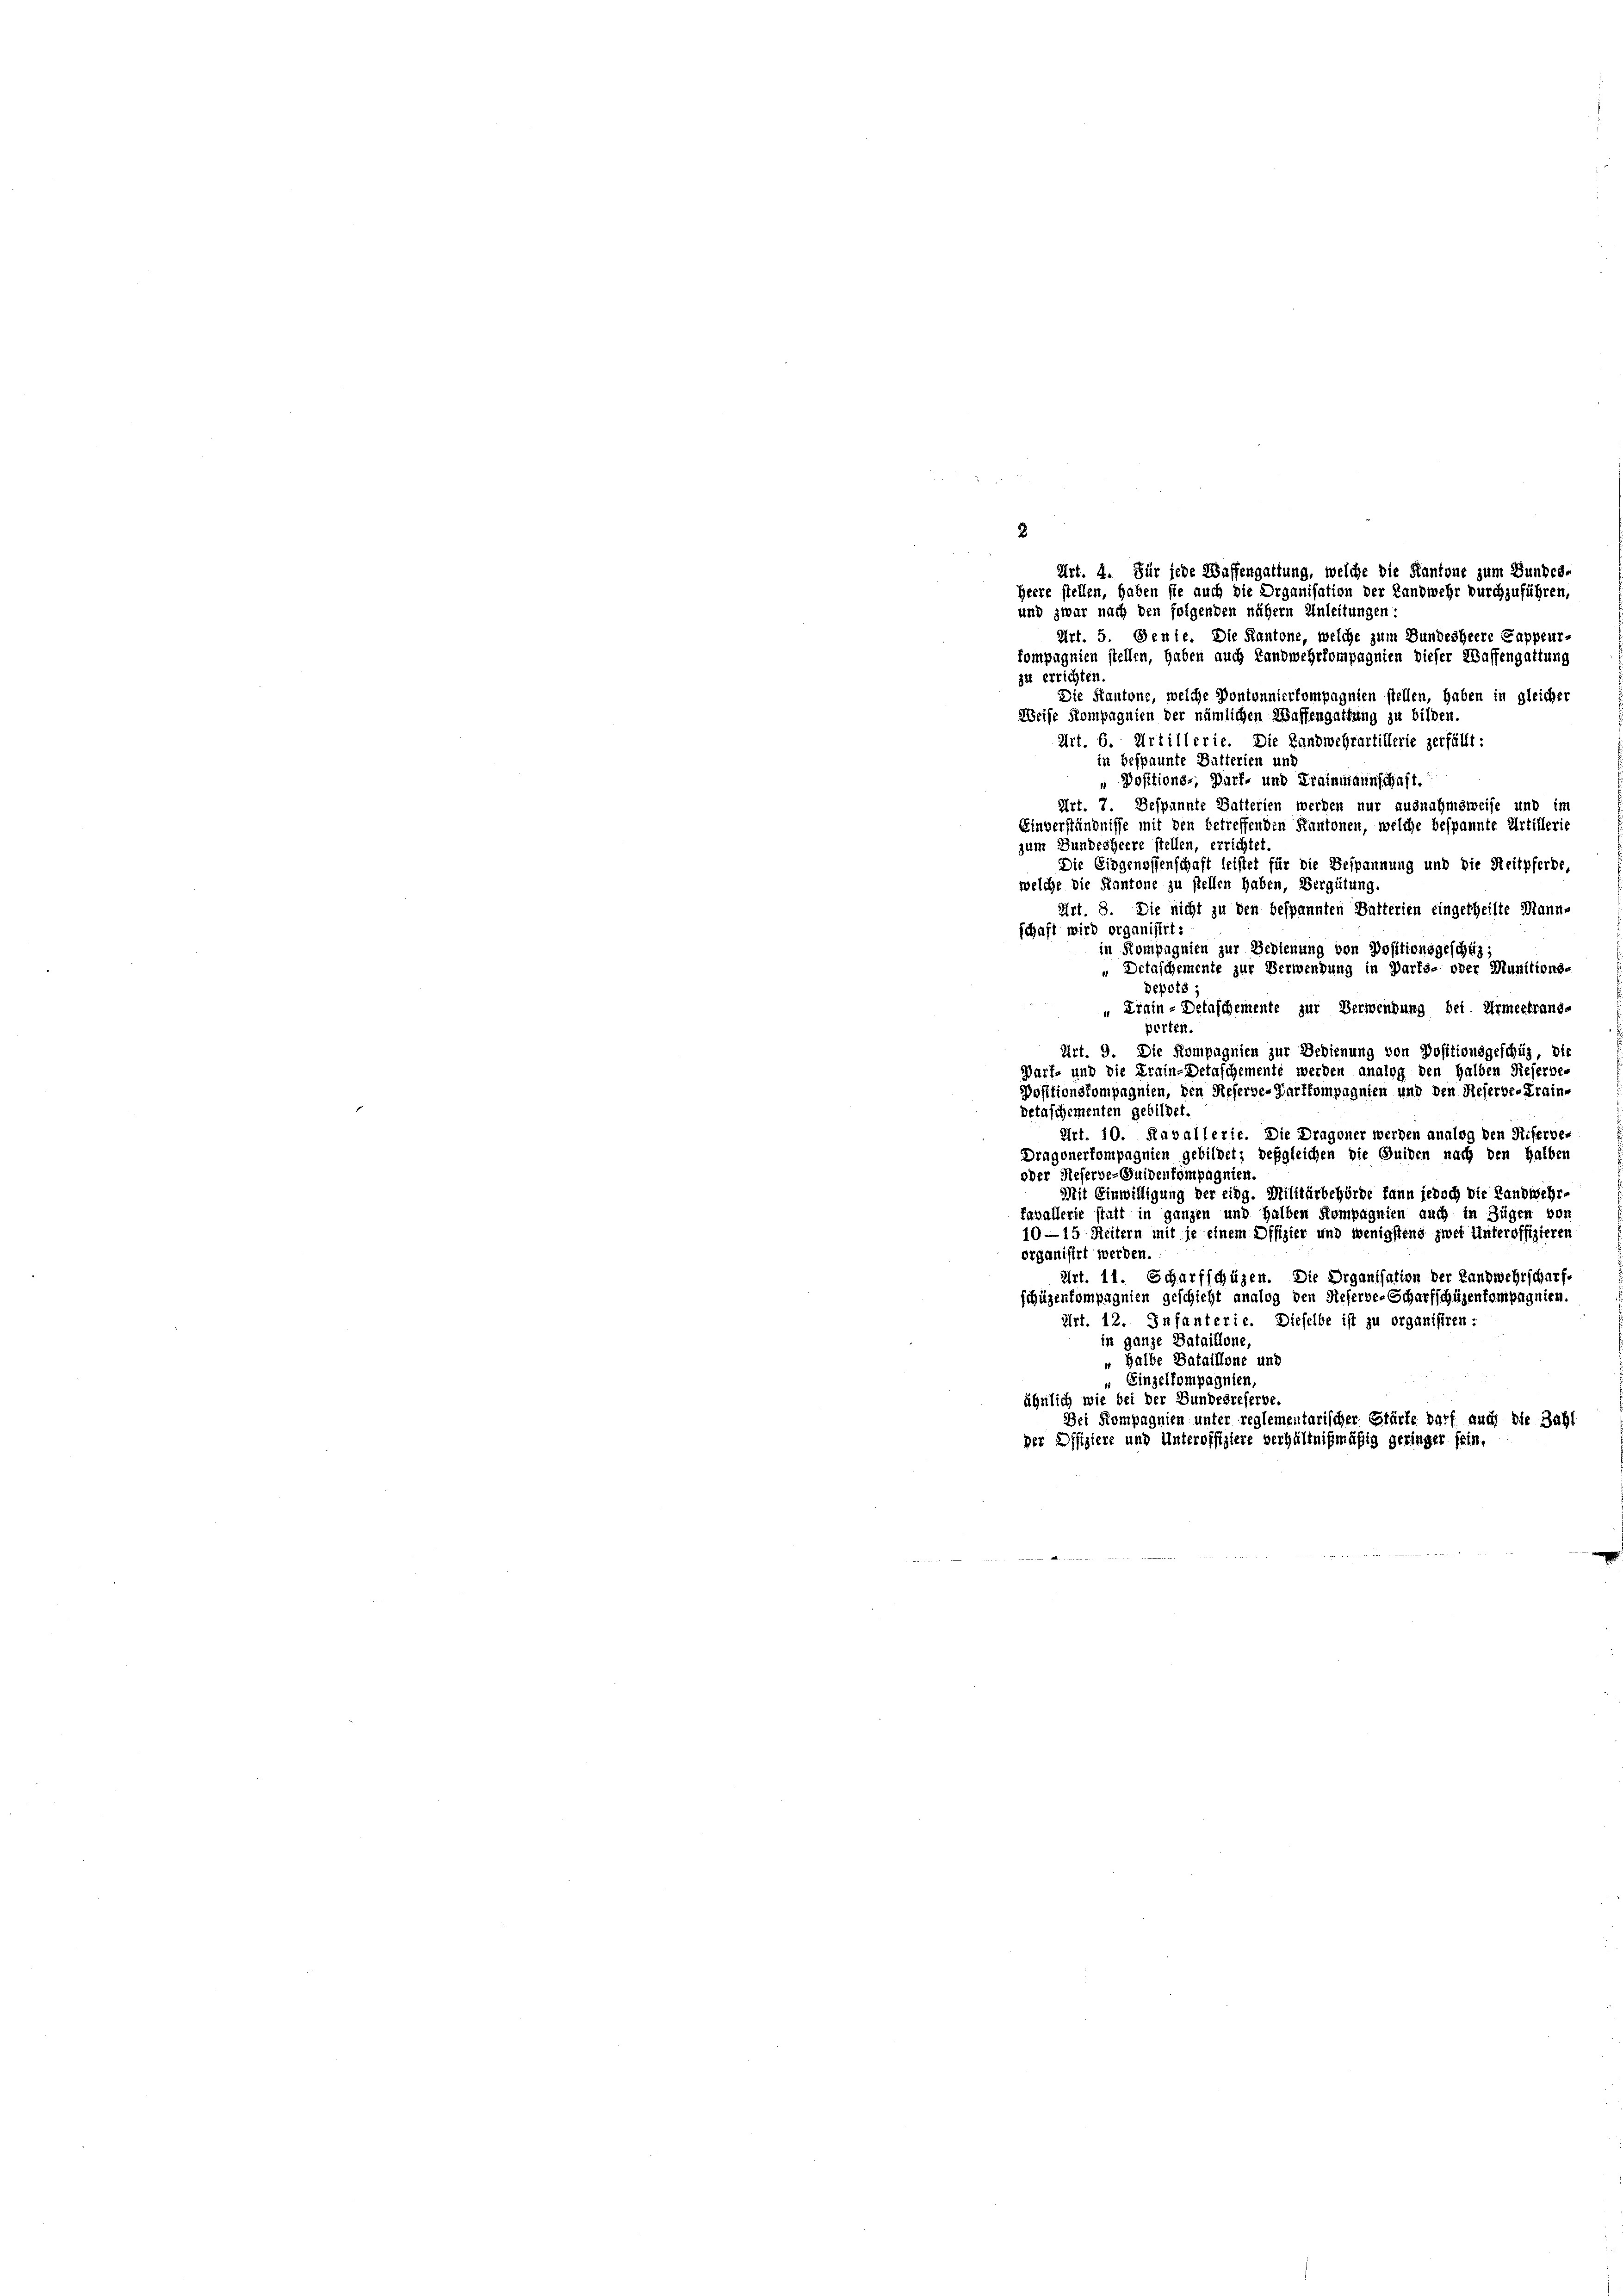
kompagnien stellen, haben auch Landwehrkompagnien dieser Waffengattung
zu errichten.
Die Kantone, welche Pontonnierkompagnien stellen, haben in gleicher
Weise Kompagnien der nämlichen Waffengattung zu bilden.
Art. 6. Artillerie. Die Landwehrartillerie zerfällt:
in bespannte Butterien und
" Dositions-, Darf- und Krainmannschaft.
Art. 7. Bespannte Batterien werden nur ausnahmsweise und im
Einverständnisse mit den betreffenden Kantonen, welche bespannte Artillerie
zum Bundesheere stellen, errichtet
Die Eidgenossenschaft leistet für die Bespannung und die Reitpferde,
welche die Kantone zu stellen haben, Vergütung.
Art. 8. Die nicht zu den bespannten Batterien eingetheilte Mann-
schaft wird organisirt:
in Kompagnien zur Bedienung von Positionsgeschäz
„ Detaschemente zur Verwendung in Darfs- oder Munitions-
Depots;
Krain - Detaschemente zur Verwendung bei Armerfrand
perten.
Art. 9. Die Kompagnien zur Bedienung von Positionsgeschüz, die
Barf- und die Krain-Detaschemente werden analog den halben Referbe-
Positionskompagnien, den Referbe-Zarfkompagnien und den Referbe-Frain-
Detaschementen gebildet
Art. 10. Kavallerie. Die Dragoner werden analog den Riserver
Dragonerkompagnien gebildet; deßgleichen die Guiden nach den Halben
oder Referbe-Guidenkompagnien.
Mit Einwilligung der eidg. Militärbehörde kann jedoch die Landwehr-
favallerie statt in ganzen und halben Kompagnien auch in Zügen von
10—15 Seitern mit je einem Offizier und wenigstens zwei Unteroffizieren
organisirt werden.
Art. 11. Scharfschüzen. Die Organisation der Landwehrscharfschüzenkompagnien geschicht analog den Reserve-Scharfschüzenkompagnien.
Art. 12. Infanterie. Dieselbe ist zu organisiren:
in ganze Bataillone,
„ Halbe Bataillone und
" Einzelkompagnien,
ähnlich wie bei der Bundesreferbe.
Dei Kompagnien unter reglementarischer Stärte darf auch die Zahl
der Offiziere und Unteroffiziere verhältnißmäßig geringer sein.

2
Art. 4. Für jede Waffengattung, welche die Kantone zum Bundes
Heere stellen, haben sie auch die Organisation der Landwehr durchzuführen,
und zwar nach den folgenden nähern Anleitungen:
Art. 5. Genie. Die Kantone, welche zum Bundesheere Cappeur-